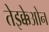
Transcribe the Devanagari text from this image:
तेइक्केओन